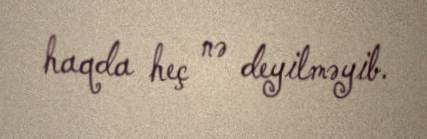
haqda heç nə deyilməyib.